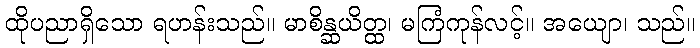
ထိုပညာရှိသော ရဟန်းသည်။ မာစိန္ဆယိတ္ထ၊ မကြံကုန်လင့်။ အယျော၊ သည်။